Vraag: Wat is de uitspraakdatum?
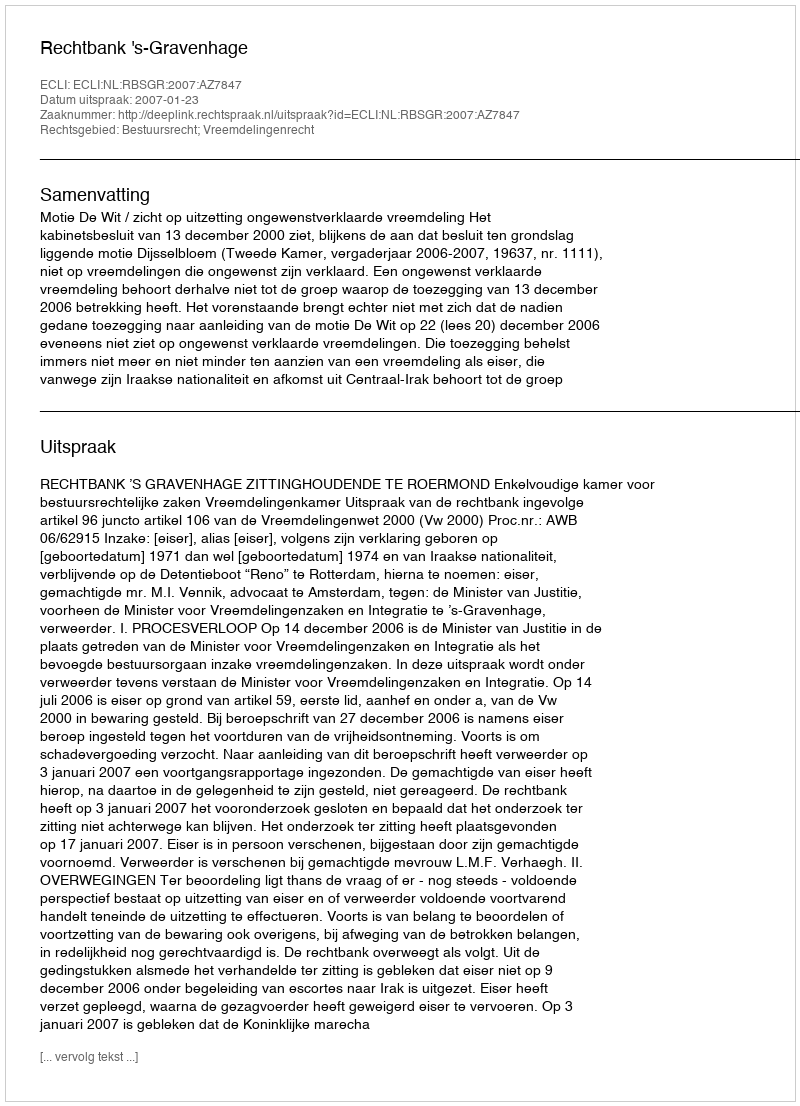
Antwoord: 2007-01-23